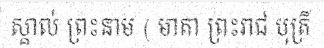
ស្គាល់ ព្រះនាម ( មាតា ព្រះរាជ បុត្រី